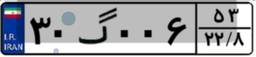
۳۰گ۰۰۶۵۳